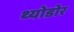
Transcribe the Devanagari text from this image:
थ्योडोर